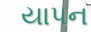
યાપન